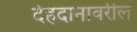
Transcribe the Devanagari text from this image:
देहदानावरील